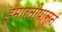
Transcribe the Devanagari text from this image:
इमारतीपासून